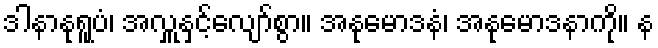
ဒါနာနုရူပံ၊ အလှူနှင့်လျော်စွာ။ အနုမောဒနံ၊ အနုမောဒနာကို။ န